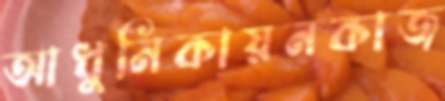
আধুনিকায়নকাজ